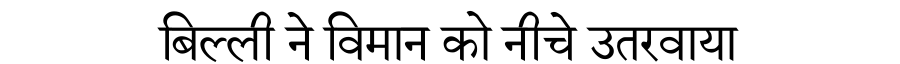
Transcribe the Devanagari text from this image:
बिल्ली ने विमान को नीचे उतरवाया